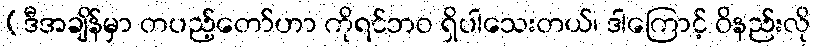
(ဒီအချိန်မှာ တပည့်တော်ဟာ ကိုရင်ဘဝ ရှိပါသေးတယ်၊ ဒါကြောင့် ဝိနည်းလို